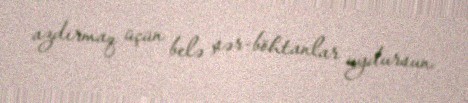
azdırmaq üçün belə şər-böhtanlar uydursun.